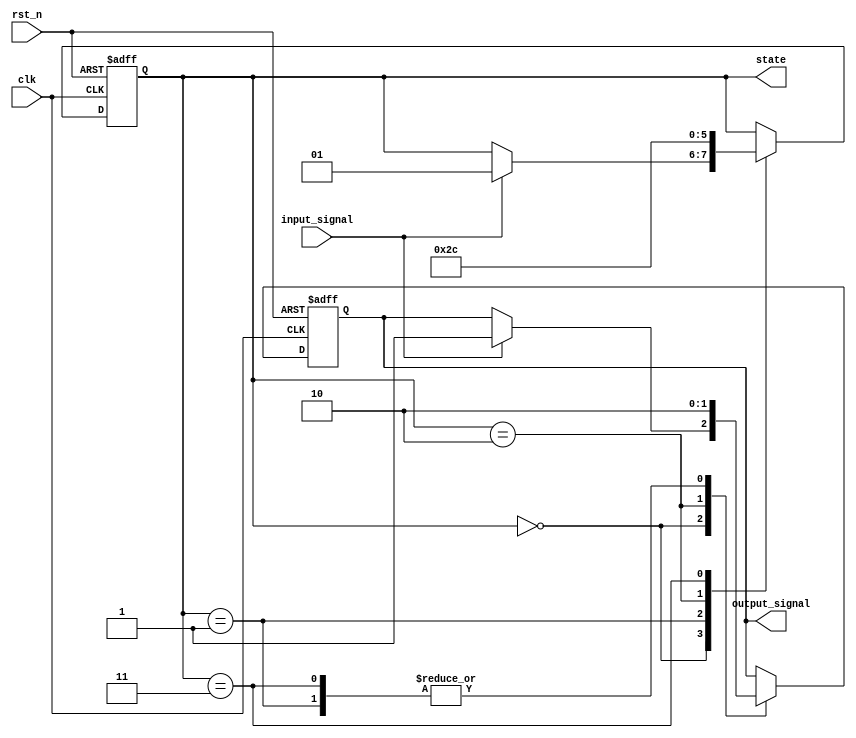
module default_state_initialization (
    input wire clk,           // Clock signal
    input wire rst_n,        // Active-low reset signal
    input wire input_signal,  // Example input signal for state transition
    output reg [1:0] state,   // State variable (2-bit for 4 states)
    output reg output_signal   // Example output signal
);

// State encoding
localparam STATE_0 = 2'b00;
localparam STATE_1 = 2'b01;
localparam STATE_2 = 2'b10;
localparam STATE_3 = 2'b11;

// Default state initialization
always @(posedge clk or negedge rst_n) begin
    if (!rst_n) begin
        // Reset condition: Initialize state variables to default values
        state <= STATE_0;       // Set initial state to STATE_0
        output_signal <= 1'b0;  // Initialize output signal
    end else begin
        // State transition logic
        case (state)
            STATE_0: begin
                if (input_signal) begin
                    state <= STATE_1; // Transition to STATE_1
                    output_signal <= 1'b1; // Update output signal
                end
            end
            STATE_1: begin
                state <= STATE_2; // Transition to STATE_2
                output_signal <= 1'b0; // Update output signal
            end
            STATE_2: begin
                state <= STATE_3; // Transition to STATE_3
                output_signal <= 1'b1; // Update output signal
            end
            STATE_3: begin
                state <= STATE_0; // Transition back to STATE_0
                output_signal <= 1'b0; // Update output signal
            end
            default: begin
                state <= STATE_0; // Fallback to initial state
                output_signal <= 1'b0; // Default output
            end
        endcase
    end
end

endmodule